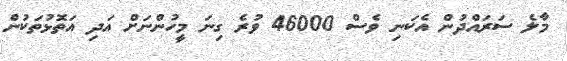
މާލެ ސަރައްދުން އެކަނި ވެސް 46000 ވުރެ ގިނަ މީހުންނަށް އަދި އަތޮޅުތަކުން